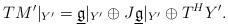
LaTeX: \begin{align*}TM'|_{Y'} = \underline{\mathfrak{g}}|_{Y'}\oplus J\underline{\mathfrak{g}}|_{Y'}\oplus T^HY'.\end{align*}